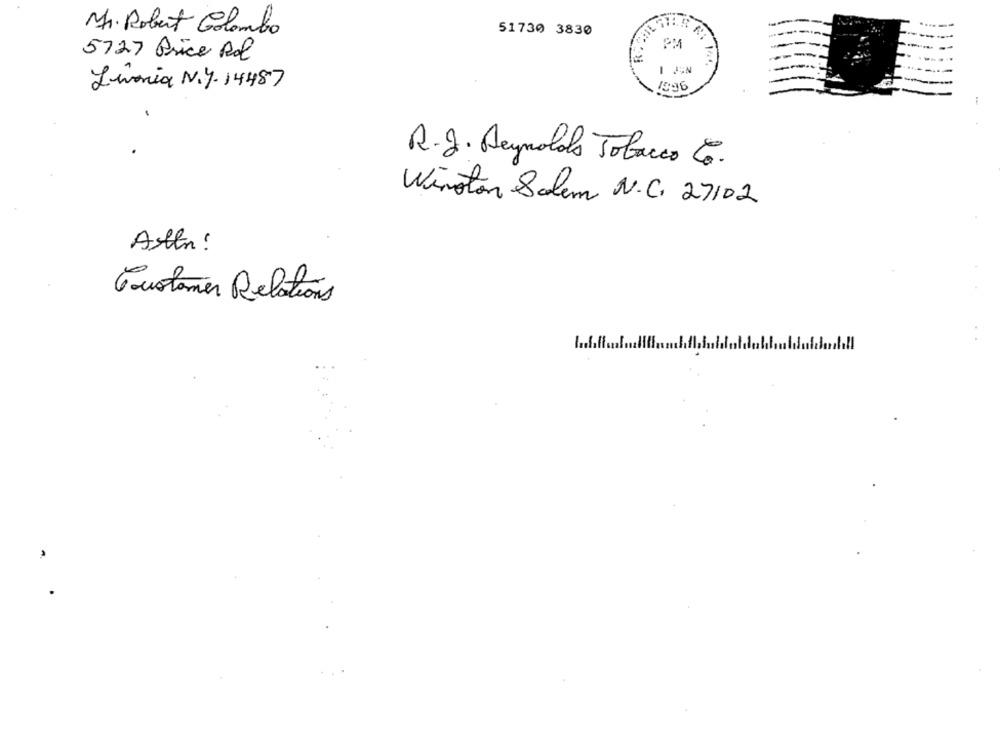
Mr. Robert Colombo
51730 3830
5727 Price Rol
Livonia N.Y. 14487
1996
R.J. Reynolds Tobacco 6.
Winston Salem N.C. 27102
Allin !
Quotamer Relations